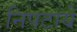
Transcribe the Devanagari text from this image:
निपटाये